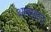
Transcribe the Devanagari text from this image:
आक्साइद